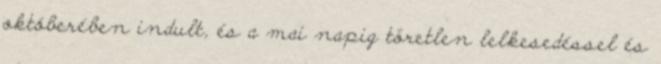
októberében indult, és a mai napig töretlen lelkesedéssel és